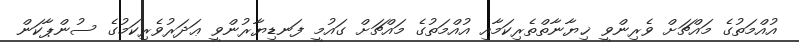
އުއްމަތުގެ މައްޗަށް ވެރިންވީ ޚިޔާނާތްތެރިކަމާއި އުއްމަތުގެ މައްޗަށް ގައުމީ ފަނޑިޔާރުންވީ ޢަދަރުވެރިކަމުގެ ސުންޕާކަން